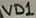
Text: VD1